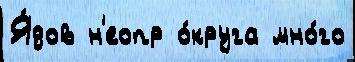
Я́дов н'еопр о́круга мно́го